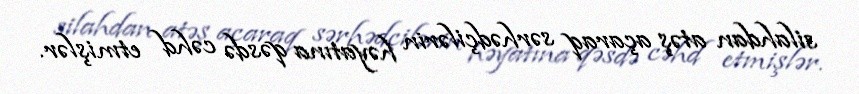
silahdan atəş açaraq sərhədçilərin həyatına qəsdə cəhd etmişlər.